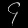
Digit: ၄